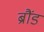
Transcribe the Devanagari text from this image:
ब्रौंड